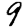
Digit: 9